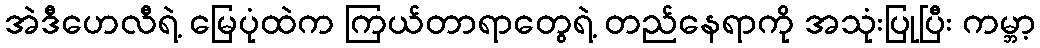
အဲဒီဟေလီရဲ့ မြေပုံထဲက ကြယ်တာရာတွေရဲ့ တည်နေရာကို အသုံးပြုပြီး ကမ္ဘာ့